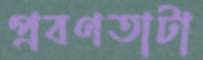
প্রবণতাটা